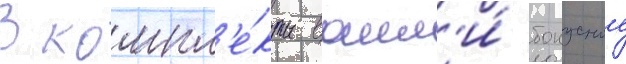
В компл'е́кты вошл'и́ бонусные